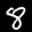
Label: 8